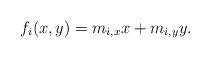
LaTeX: \begin{align*}f_{i}(x,y)=m_{i,x} x+m_{i,y} y.\end{align*}